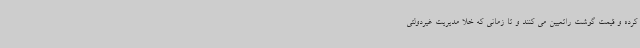
کرده و قیمت گوشت راتعیین می کنند و تا زمانی که خلا مدیریت غیردولتی